King Institute of Preventive Medicine Micro-Biological Section reports 1912-19
Year: 1912
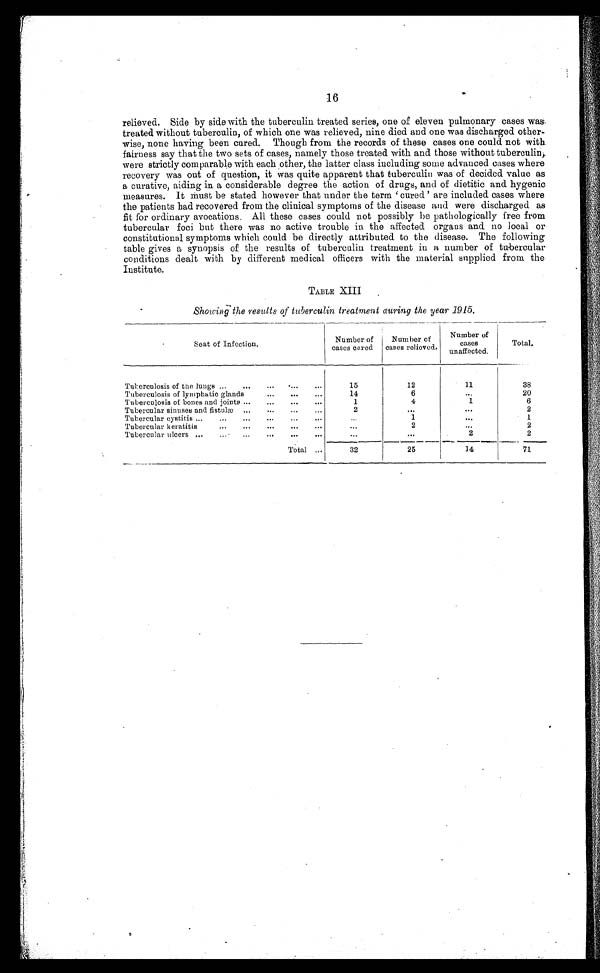
16
relieved. Side by side with the tuberculin treated series, one of eleven pulmonary cases was
treated without tuberculin, of which one was relieved, nine died and one was discharged other-
wise, none having been cured. Though from the records of these cases one could not with
fairness say that the two sets of cases, namely those treated with and those without tuberculin,
were strictly comparable with each other, the latter class including some advanced cases where
recovery was out of question, it was quite apparent that tuberculin was of decided value as
a curative, aiding in a considerable degree the action of drugs, and of dietitic and hygenic
measures. It Must be stated however that under the term 'cured ' are included cases where
the patients had recovered from the clinical symptoms of the disease and were discharged as
fit for ordinary avocations, MI these cases could not possibly be pathologically free from
tubercular foci but there was no active trouble in the affected organs and no local or
constitutional symptoms which could be directly attributed to the disease. The following
table gives a synopsis of the results of tuberculin treatment in a number of tubercular
conditions dealt with by different medical officers with the material supplied from the
Institute.
TABLE XIII.
Showing the results of tuberculin treatment awing the year 1915.
Seat of Infection.
Number of
cases cored
Number of
cases relieved.
Number of
cases
unaffected.
Total.
Tuberculosis of the lungs . . .
15
12
11
38
Tuberculosis of lymphatic glands . . .
14
6
. . .
20
Tuberculosis of bones and joints . . .
1
4
1
6
Tubercular sinuses and fistulæ . . .
2
. . .
. . .
2
Tubercular cystitis . . .
. . . .
1
. . .
1
Tubercular keratitis . . .
. . .
. . .
. . .
2
Tubercular ulcers . . .
. . .
. . .
2
2
Total . . .
32
25
14
71